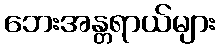
ဘေးအန္တရာယ်များ